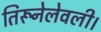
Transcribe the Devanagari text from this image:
तिरूनेलेवली।